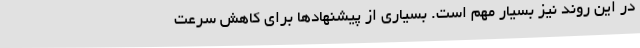
در این روند نیز بسیار مهم است. بسیاری از پیشنهادها برای کاهش سرعت